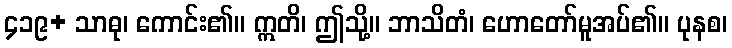
၄၁၉+ သာဓု၊ ကောင်း၏။ ဣတိ၊ ဤသို့။ ဘာသိတံ၊ ဟောတော်မူအပ်၏။ ပုနစ၊